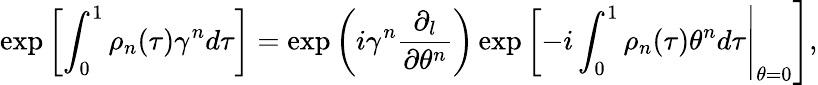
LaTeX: \exp\left[\int_{0}^{1}\rho_{n}(\tau)\gamma^{n}d\tau\right]=\left.\exp\left(i\gamma^{n}\frac{\partial_{l}}{\partial\theta^{n}}\right)\exp\left[-i\int_{0}^{1}\rho_{n}(\tau)\theta^{n}d\tau\right|_{\theta=0}\right],